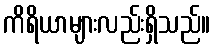
ကိရိယာများလည်းရှိသည်။